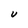
Character: U